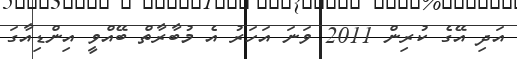
އަދި އޭގެ ކުރިން 2011 ވަނަ އަހަރު އެ މުބާރާތް ބޭއްވީ އިންޑިއާގަ